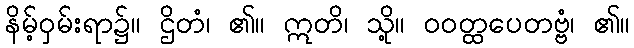
နိမ့်ဝှမ်းရာ၌။ ဌိတံ၊ ၏။ ဣတိ၊ သို့။ ဝဝတ္ထပေတဗ္ဗံ၊ ၏။